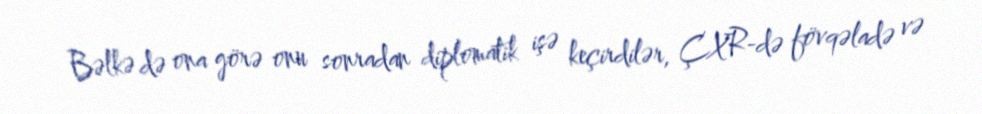
Bəlkə də ona görə onu sonradan diplomatik işə keçirdilər, ÇXR-də fövqəladə və